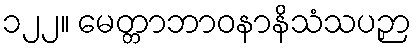
၁၂၂။ မေတ္တာဘာဝနာနိသံသပဉှာ